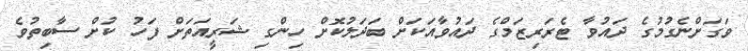
ވަގަށްނެގުމުގެ ދައުވާ ޓެރަރިޒަމްގެ ދައުވާއަަކަށް ބަދަލުކޮށް ހިންގި ޝަރީއަތަށް ފަހު ކުށް ސާބިތުވެ